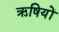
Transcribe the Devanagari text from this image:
ऋषियों